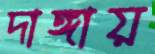
দাঙ্গায়